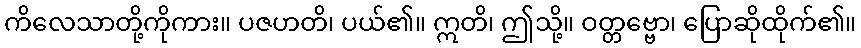
ကိလေသာတို့ကိုကား။ ပဇဟတိ၊ ပယ်၏။ ဣတိ၊ ဤသို့။ ဝတ္တဗ္ဗော၊ ပြောဆိုထိုက်၏။